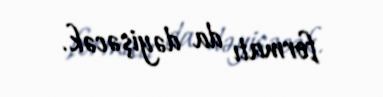
formatı da dəyişəcək.